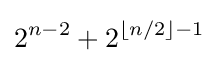
2^{n-2}+2^{\lfloor n/2\rfloor -1}